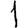
Digit: 1